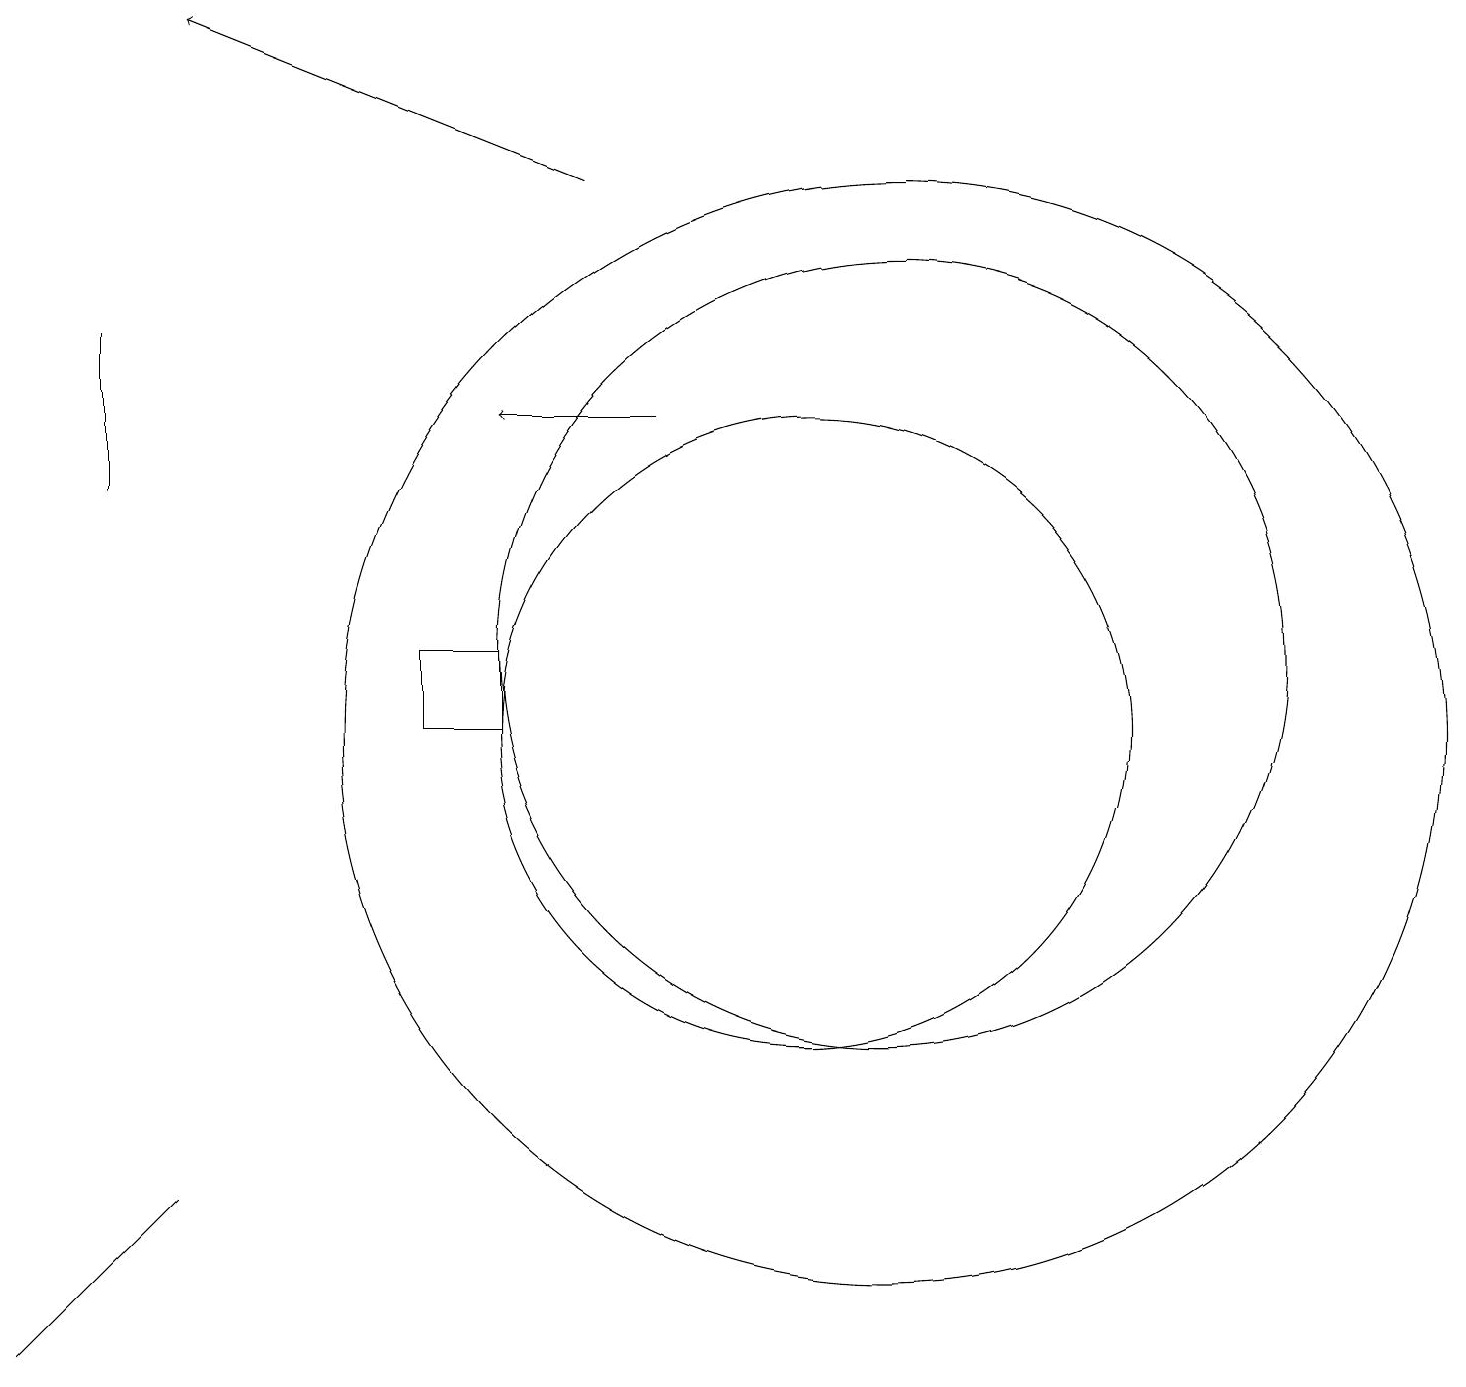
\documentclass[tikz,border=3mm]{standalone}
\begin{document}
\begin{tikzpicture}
\draw (11,11) circle (5);
\draw[->] (7,17) -- (2,19);
\draw (1,3) -- (2,4) -- (0,2) -- cycle;
\draw[->] (8,14) -- (6,14);
\draw (10,10) circle (4);
\draw (5,10) rectangle (6,11);
\draw (1,13) rectangle (1,15);
\draw (11,10) circle (7);
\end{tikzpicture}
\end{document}